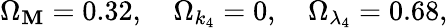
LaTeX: \Omega_{\mathbf{M}}=0.32,\quad\Omega_{k_{4}}=0,\quad\Omega_{\lambda_{4}}=0.68,